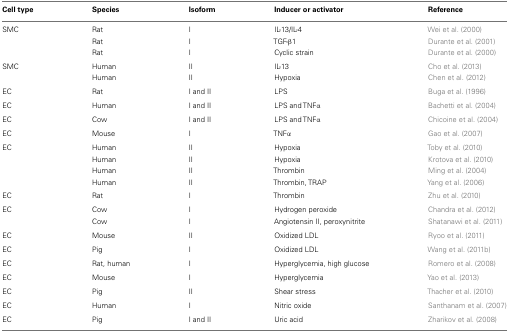
| Cell type | Species | Isoform | Inducer or activator | Reference |
 | --- | --- | --- | --- | --- |
 | SMC | Rat | I | IL-13/IL-4 | Wei et al. (2000) |
 |  | Rat | I | TGF-β1 | Durante et al. (2001) |
 |  | Rat | I | Cyclic strain | Durante et al. (2000) |
 | SMC | Human | II | IL-13 | Cho et al. (2013) |
 |  | Human | II | Hypoxia | Chen et al. (2012) |
 | EC | Rat | I and II | LPS | Buga et al. (1996) |
 | EC | Human | I and II | LPS and TNFα | Bachetti et al. (2004) |
 | EC | Cow | I and II | LPS and TNFα | Chicoine et al. (2004) |
 | EC | Mouse | I | TNFα | Gao et al. (2007) |
 | EC | Human | II | Hypoxia | Toby et al. (2010) |
 |  | Human | II | Hypoxia | Krotova et al. (2010) |
 |  | Human | II | Thrombin | Ming et al. (2004) |
 |  | Human | II | Thrombin, TRAP | Yang et al. (2006) |
 | EC | Rat | I | Thrombin | Zhu et al. (2010) |
 | EC | Cow | I | Hydrogen peroxide | Chandra et al. (2012) |
 |  | Cow | I | Angiotensin II, peroxynitrite | Shatanawi et al. (2011) |
 | EC | Mouse | II | Oxidized LDL | Ryoo et al. (2011) |
 | EC | Pig | I | Oxidized LDL | Wang et al. (2011b) |
 | EC | Rat, human | I | Hyperglycemia, high glucose | Romero et al. (2008) |
 | EC | Mouse | I | Hyperglycemia | Yao et al. (2013) |
 | EC | Pig | II | Shear stress | Thacher et al. (2010) |
 | EC | Human | I | Nitric oxide | Santhanam et al. (2007) |
 | EC | Pig | I and II | Uric acid | Zharikov et al. (2008) |